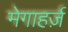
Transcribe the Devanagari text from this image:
मेगाहर्ज़